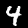
Digit: 4